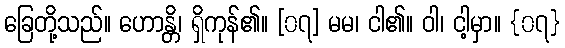
ခြေတို့သည်။ ဟောန္တိ၊ ရှိကုန်၏။ [၀၇] မမ၊ ငါ၏။ ဝါ၊ ငါ့မှာ။ {၀၇}